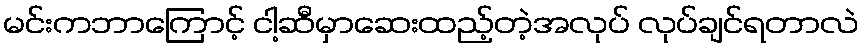
မင်းကဘာကြောင့် ငါ့ဆီမှာဆေးထည့်တဲ့အလုပ် လုပ်ချင်ရတာလဲ